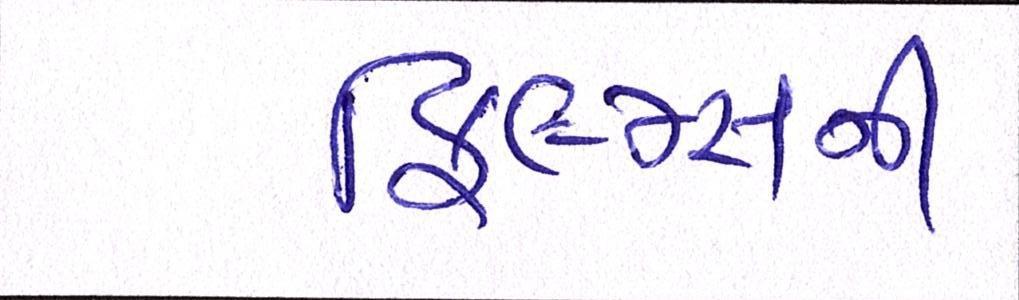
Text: ફિલ્મ્સની